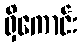
ရှိကောင်း